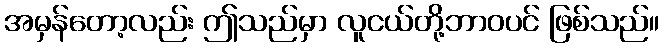
အမှန်တော့လည်း ဤသည်မှာ လူငယ်တို့ဘာဝပင် ဖြစ်သည်။